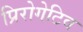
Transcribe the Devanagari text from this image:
प्रिरोगेटिव